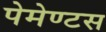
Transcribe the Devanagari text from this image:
पेमेण्टस